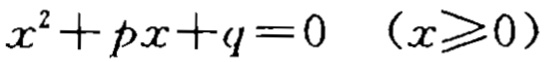
\(x^{2}+px + q = 0\ \ (x\geqslant0)\)